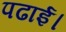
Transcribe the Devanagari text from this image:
पढाई।